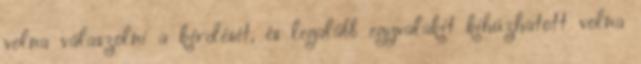
volna válaszolni a kérdését, és legalább egyvalakit kihúzhatott volna